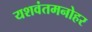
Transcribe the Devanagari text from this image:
यशवंतमनोहर